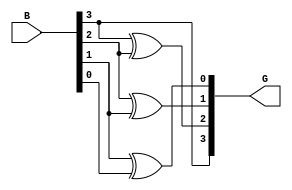
module gray_code_encoder #(parameter n = 4) (
    input  [n-1:0] B, // n-bit binary input
    output [n-1:0] G  // n-bit Gray code output
);

// Gray code encoding logic
assign G[n-1] = B[n-1]; // MSB of Gray code is the same as MSB of binary input
genvar i;
generate
    for(i = n-2; i >= 0; i = i - 1) begin : gray_encoding
        assign G[i] = B[i+1] ^ B[i]; // XOR operation for subsequent bits
    end
endgenerate

endmodule